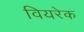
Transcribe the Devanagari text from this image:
वियरेक